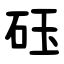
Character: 砡